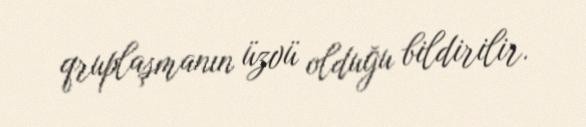
qruplaşmanın üzvü olduğu bildirilir.